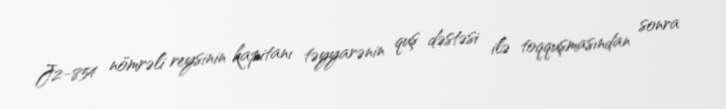
J2-854 nömrəli reysinin kapitanı təyyarənin quş dəstəsi ilə toqquşmasından sonra